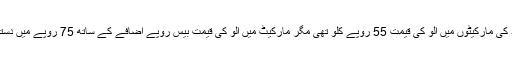
اسلام آباد کی مارکیٹوں میں الو کی قیمت 55 روپے کلو تھی مگر مارکیٹ میں الو کی قیمت بیس روپے اضافے کے ساتھ 75 روپے میں دستیاب ہے۔